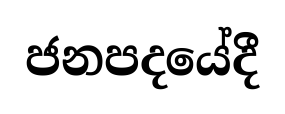
ජනපදයේදී